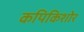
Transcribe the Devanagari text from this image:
कपिकिशोर